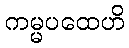
ကမ္မပထေဟိ